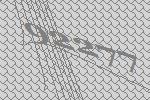
92277